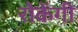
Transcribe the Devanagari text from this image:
रोकेंगी